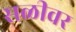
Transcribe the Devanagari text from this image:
सळीवर